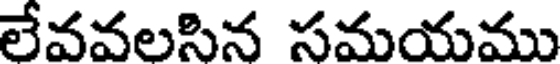
లేవవలసిన సమయము